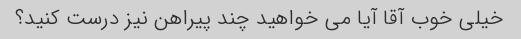
خیلی خوب آقا آیا می خواهید چند پیراهن نیز درست کنید؟